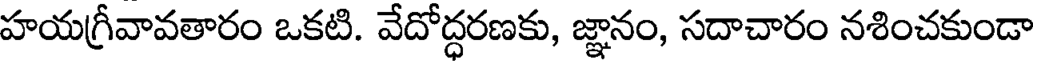
హయగ్రీవావతారం ఒకటి. వేదోద్ధరణకు, జ్ఞానం, సదాచారం నశించకుండా